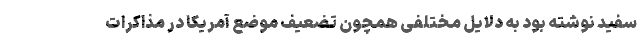
سفید نوشته بود به دلایل مختلفی همچون تضعیف موضع آمریکا در مذاکرات